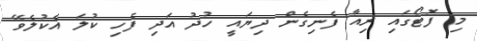
މި ފޮޓޯގައި ރިއާ ފެނިގެން ދިޔައީ ހުދު އަދި ފެހި ކުލަ އެކުލެވޭ